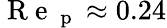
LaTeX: \mathrm{~R~e~}_{\mathrm{~p~}}\approx 0.24